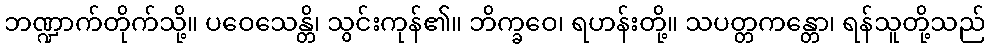
ဘဏ္ဍာက်တိုက်သို့။ ပဝေသေန္တိ၊ သွင်းကုန်၏။ ဘိက္ခဝေ၊ ရဟန်းတို့။ သပတ္တကန္တော၊ ရန်သူတို့သည်